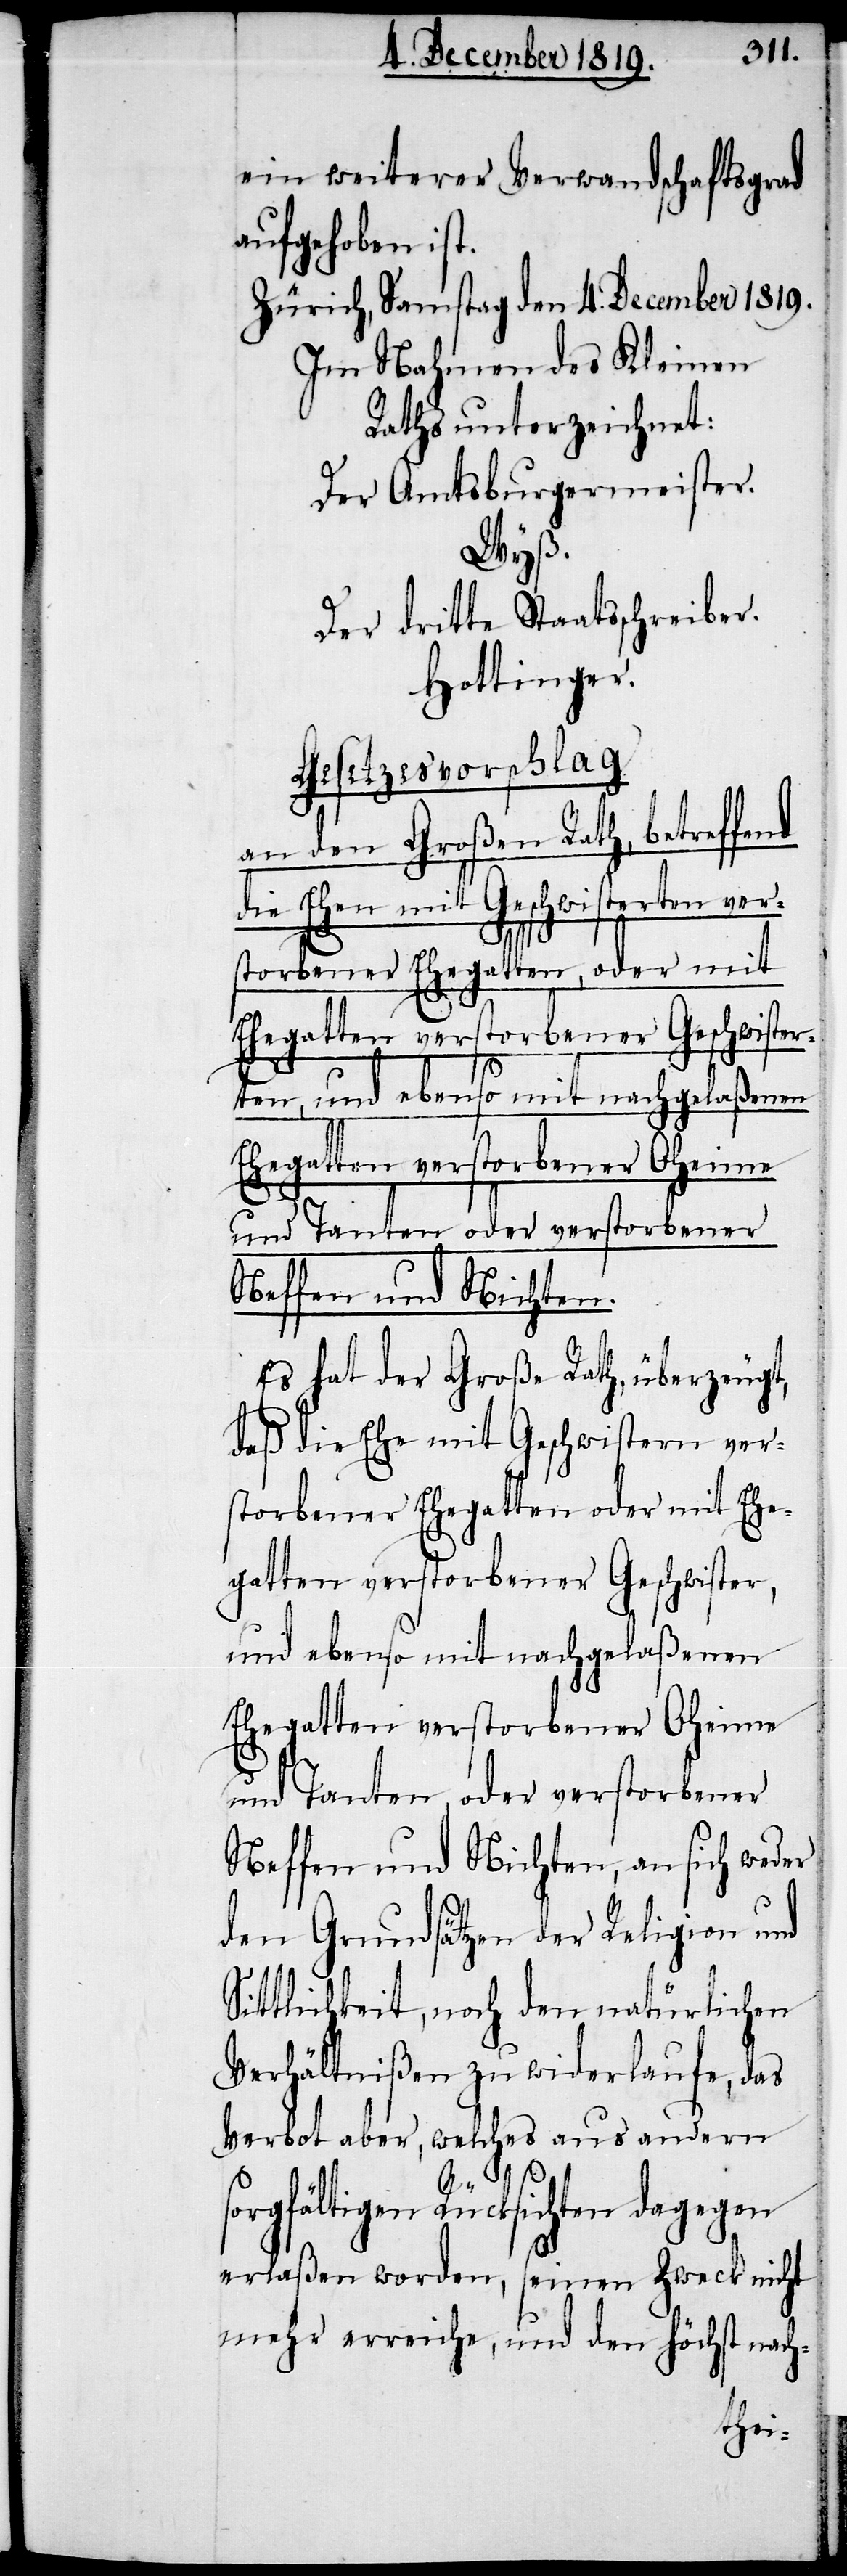
ein weiterer Verwandschaftsgrad
aufgehoben ist.
Zürich, Samstag den 4. December 1819.
Im Nahmen des Kleinen
Raths unterzeichnet:
Der Amtsburgermeister.
Wyß.
Der dritte Staatsschreiber.
Hottinger.
Gesetzesvorschlag
an den Großen Rath, betreffend
die Ehen mit Geschwisterten ver¬
storbener Ehegatten, oder mit
Ehegatten verstorbener Geschwister¬
ten, und ebenso mit nachgelaßenen
und Tanten oder verstorbener
Neffen und Nichten.
Es hat der Große Rath, überzeugt,
daß die Ehe mit Geschwistern ver¬
storbener Ehegatten oder mit Ehe¬
gatten verstorbener Geschwister,
und ebenso mit nachgelaßenen
Ehegatten verstorbener Oheime
und Tanten, oder verstorbener
Neffen und Nichten, an sich weder
den Grundsätzen der Religion und
Sittlichkeit, noch den natürlichen
Verhältnißen zuwiderlaufe, das
Verbot aber, welches aus andern
s¬
orgfältigen Rücksichten dagegen
erlaßen worden, seinen Zweck nicht
mehr erreiche, und den höchst nach-